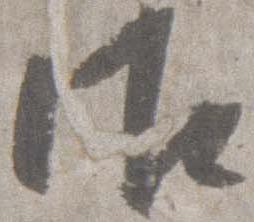
御